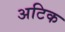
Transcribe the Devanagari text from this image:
अटिक